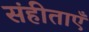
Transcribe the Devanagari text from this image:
संहीताएँ